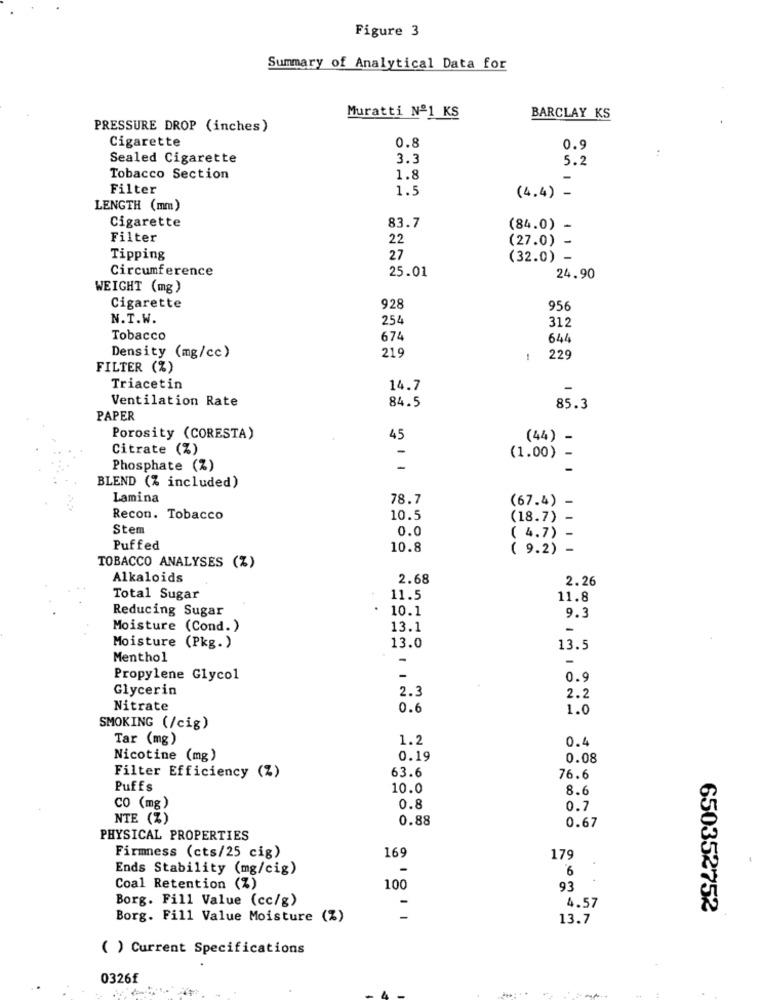
Figure 3
Summary of Analytical Data for
Muratti Nº1 KS
BARCLAY KS
PRESSURE DROP (inches)
Cigarette
0.8
0.9
Sealed Cigarette
3.3
5.2
Tobacco Section
1.8
Filter
1.5
(4.4) -
LENGTH (mm)
Cigarette
83.7
(84.0) -
Filter
22
(27.0) -
Tipping
27
(32.0) -
Circumference
25.01
24.90
WEIGHT (mg)
Cigarette
928
956
N.T.W.
254
312
Tobacco
674
644
219
Density (mg/cc)
1
229
FILTER (%)
Triacetin
14.7
Ventilation Rate
84.5
85.3
PAPER
Porosity (CORESTA)
45
(44) -
Citrate (%)
(1.00) -
Phosphate (%)
-
BLEND (% included)
Lamina
78.7
(67.4) -
Recon. Tobacco
10.5
(18.7) -
Stem
0.0
( 4.7)
Puffed
10.8
( 9.2) -
TOBACCO ANALYSES (%)
Alkaloids
2.68
2.26
Total Sugar
11.5
11.8
Reducing Sugar
10.1
9.3
Moisture (Cond. )
13.1
Moisture (Pkg. )
13.0
13.5
Menthol
-
-
Propylene Glycol
-
0.9
Glycerin
2.3
2.2
Nitrate
0.6
1.0
SMOKING (/cig)
Tar (mg)
1.2
0.4
Nicotine (mg)
0.19
0.08
63.6
Filter Efficiency (Z)
76.6
Puffs
10.0
8.6
CO (mg)
0.8
0.7
NTE (%)
0.88
0.67
PHYSICAL PROPERTIES
169
Firmness (cts/25 cig)
179
Ends Stability (mg/cig)
6
Coal Retention (%)
100
93
Borg. Fill Value (cc/g)
4.57
650352752
Borg. Fill Value Moisture (%)
13.7
( ) Current Specifications
0326f